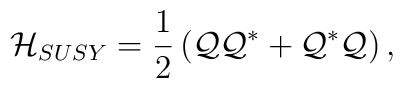
{\cal H}_{SUSY}={1\over2}\left({\cal Q}{\cal Q}^*+{\cal Q}^*{\cal   Q}\right),